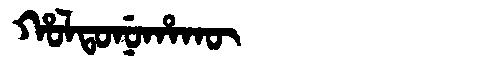
Manchu: ᡥᠣᠯᡨᠣᠨᡠᡥᠠᡴᡡ
Romanization: HOLTONUHAKŪ